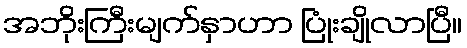
အဘိုးကြီးမျက်နှာဟာ ပြုံးချိုလာပြီ။